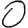
Digit: 0